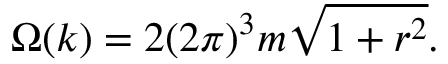
\Omega ( k ) = 2 ( 2 \pi ) ^ { 3 } m \sqrt { 1 + r ^ { 2 } } .